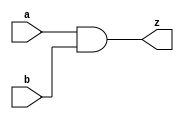
module And(
  input  a,
         b,
  output z
);

  assign z = a & b;
endmodule